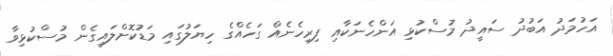
އަހުމަދު އަބުދު ސައީދު މުސްކުޅި އަންހެނަކާއި ފިރިހެނެއް ގަހެއްގެ ހިޔަލުގައި މަޑުކޮށްލައިގެން މުސްކުޅިވާ